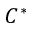
C ^ { * }